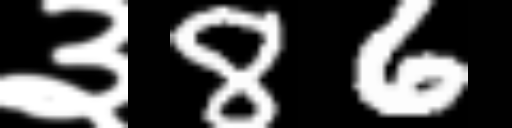
Text: ३86